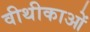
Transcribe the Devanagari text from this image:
वीथीकाओं